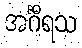
အင်္ဂီရသ